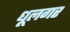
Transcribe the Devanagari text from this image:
धूलगर